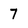
Character: 7